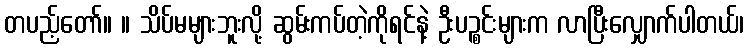
တပည့်တော်။ ။ သိပ်မများဘူးလို့ ဆွမ်းကပ်တဲ့ကိုရင်နဲ့ ဦးပဉ္စင်းများက လာပြီးလျှောက်ပါတယ်၊